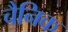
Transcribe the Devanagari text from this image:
चैनिक